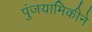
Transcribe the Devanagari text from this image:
पुंजयामिकीने